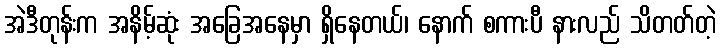
အဲဒီတုန်းက အနိမ့်ဆုံး အခြေအနေမှာ ရှိနေတယ်၊ နောက် စကားပီ နားလည် သိတတ်တဲ့